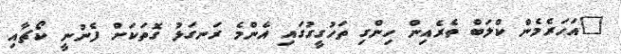
"އަހަރެމެން ކްލަބް ތެރެއިން ހިންގި ތަހުގީގުގައި އެންމެ ރަނގަޅު ގޮތަކަށް ފެނުނީ ކޯޗާއި